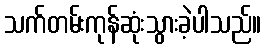
သက်တမ်းကုန်ဆုံးသွားခဲ့ပါသည်။